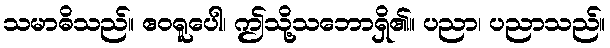
သမာဓိသည်။ ဧဝရူပေါ၊ ဤသို့သဘောရှိ၏။ ပညာ၊ ပညာသည်။